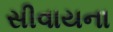
સીવાયના